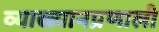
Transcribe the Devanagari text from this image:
व्याख्यानप्रणाली